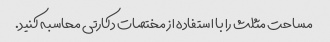
مساحت مثلث را با استفاده از مختصات دکارتی محاسبه کنید.